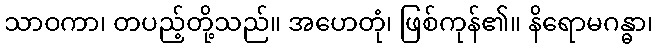
သာဝကာ၊ တပည့်တို့သည်။ အဟေတုံ၊ ဖြစ်ကုန်၏။ နိရောမဂန္ဓာ၊